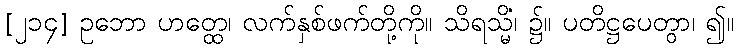
[၂၁၄] ဥဘော ဟတ္ထေ၊ လက်နှစ်ဖက်တို့ကို။ သိရသ္မိံ၊ ၌။ ပတိဋ္ဌပေတွာ၊ ၍။